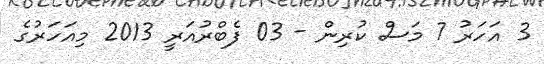
3 އަހަރު 7 މަސް ކުރިން - 03 ފެބްރުއަރީ 2013 މިއަހަރުގެ